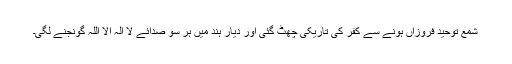
شمعِ توحید فروزاں ہونے سے کفر کی تاریکی چھٹ گئی اور دیارِ ہند میں ہر سو صدائے لا الٰہ الا اللہ گونجنے لگی۔